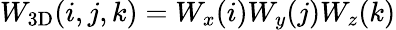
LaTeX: W_{\mathrm{3D}}(i,j,k)=W_{x}(i)W_{y}(j)W_{z}(k)